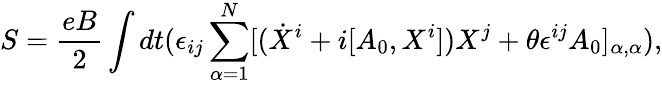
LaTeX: S=\frac{eB}{2}\int dt(\epsilon_{ij}\sum_{\alpha=1}^{N}[(\dot{X}^{i}+i[A_{0},X^{i}])X^{j}+\theta\epsilon^{ij}A_{0}]_{\alpha,\alpha}),